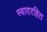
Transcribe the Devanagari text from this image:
स्वादरहित